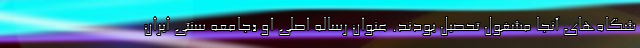
شگاه‌های آنجا مشغول تحصیل بودند. عنوان رساله اصلی او «جامعه سنتی ایران